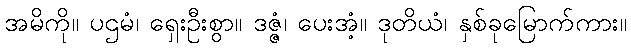
အမိကို။ ပဌမံ၊ ရှေးဦးစွာ။ ဒဇ္ဇံ၊ ပေးအံ့။ ဒုတိယံ၊ နှစ်ခုမြောက်ကား။